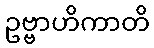
ဥဗ္ဗာဟိကာတိ